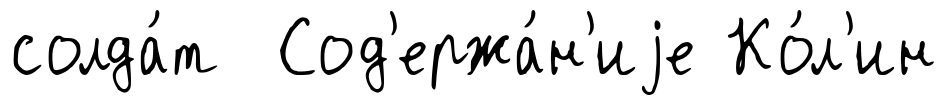
солда́т Сод'ержа́н'иjе Ко́л'ин